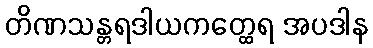
တိဏသန္တရဒါယကတ္ထေရ အပဒါန